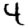
Digit: 4